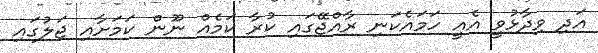
އަދި ވިދާޅުވީ އެއީ ހަމައެކަނި ރާއްޖޭގައި ކުރާ ކަމެއް ނޫން ކަމަށާއި ޖަލުގައި